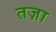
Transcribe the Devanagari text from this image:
तज़ा